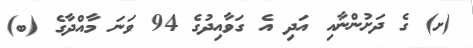
(ށ) ގެ ދަށުންނާއި އަދި އެ ގަވާއިދުގެ 94 ވަނަ މާއްދާގެ (ބ)